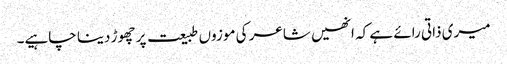
میری ذاتی رائے ہے کہ انھیں شاعر کی موزوں طبیعت پر چھوڑ دینا چاہیے۔